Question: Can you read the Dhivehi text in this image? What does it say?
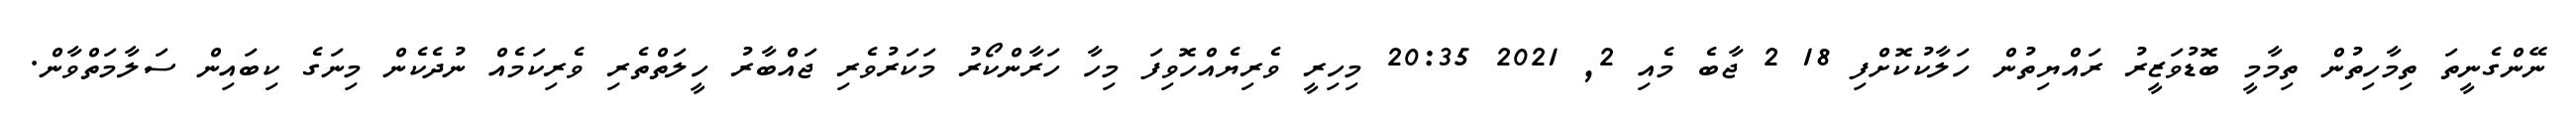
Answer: ނޭންގެނީތަ ތިމާހިތުން ތިމާމީ ބޮޑުވަޒީރު ރައްޔިތުން ހަލާކުކޮށްފި 18 2 ޖާބެ މެއި 2, 2021 20:35 މިހިރީ ވެރިޔެއްހޮވިފަ މިހާ ހަރާންކޯރު މަކަރުވެރި ޖައްބާރު ހީލަތްތެރި ވެރިކަމެއް ނުދެކެން މިނަގެ ކިބައިން ސަލާމަތްވާން.